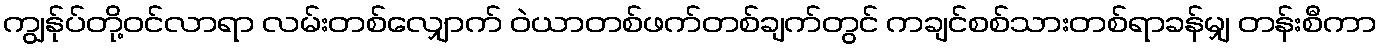
ကျွန်ုပ်တို့ဝင်လာရာ လမ်းတစ်လျှောက် ဝဲယာတစ်ဖက်တစ်ချက်တွင် ကချင်စစ်သားတစ်ရာခန်မျှ တန်းစီကာ